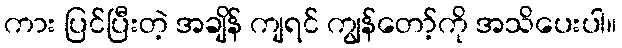
ကား ပြင်ပြီးတဲ့ အချိန် ကျရင် ကျွန်တော့်ကို အသိပေးပါ။